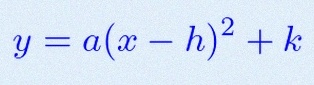
y=a(x-h)^2+k